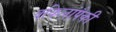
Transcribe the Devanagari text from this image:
वकिलांपैकी